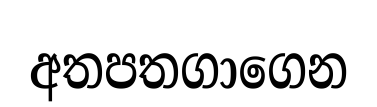
අතපතගාගෙන